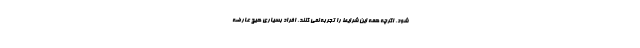
شود، اگرچه همه این شرایط را تجربه نمی کنند. افراد بسیاری هیچ عارضه